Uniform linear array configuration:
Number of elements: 12
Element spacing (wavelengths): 0.5
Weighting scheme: hann
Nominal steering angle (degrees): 30
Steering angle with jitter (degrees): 30.239
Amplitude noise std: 0.05
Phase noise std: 0.05

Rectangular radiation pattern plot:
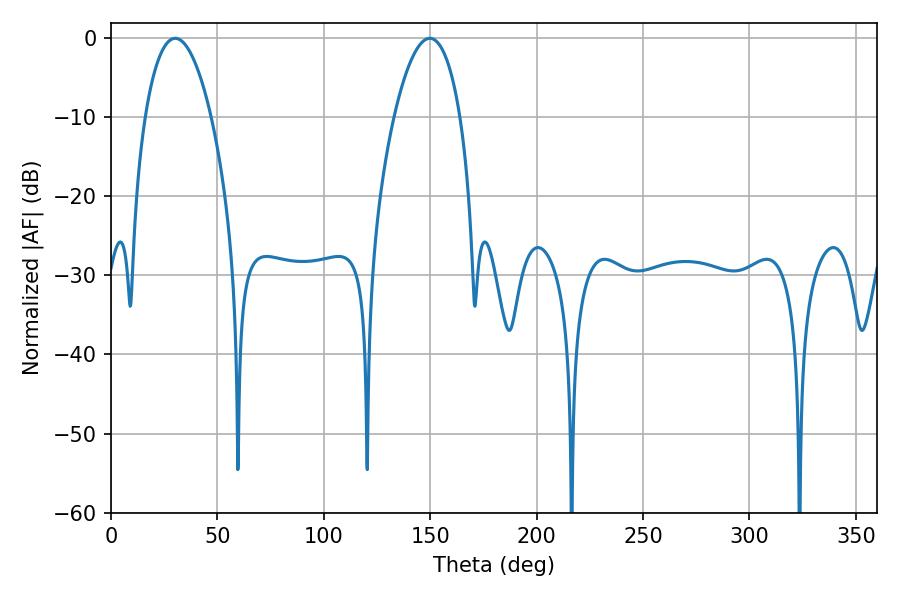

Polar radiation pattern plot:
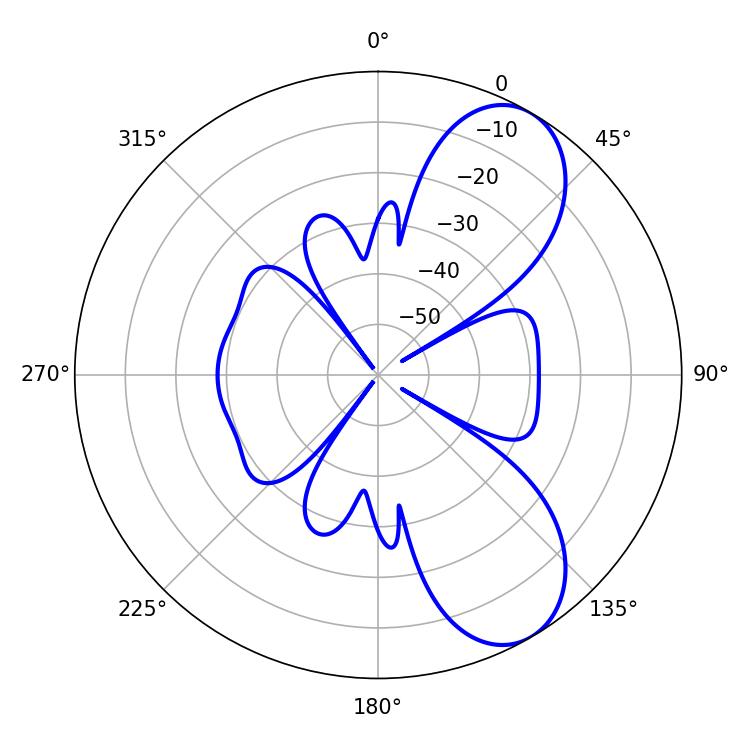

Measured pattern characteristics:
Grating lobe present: FALSE
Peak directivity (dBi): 7.868
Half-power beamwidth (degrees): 17.28
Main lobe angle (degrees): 30.24